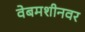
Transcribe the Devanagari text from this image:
वेबमशीनवर